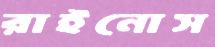
রাইনোস